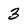
Character: 3